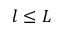
l \leq L